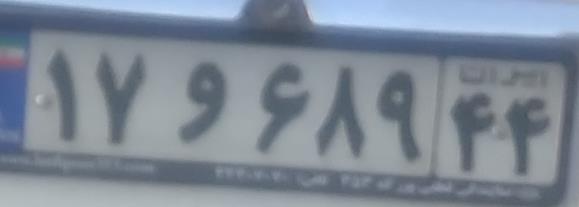
۱۷و۶۸۹۴۴